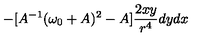
- [ A ^ { - 1 } ( \omega _ { 0 } + A ) ^ { 2 } - A ] \frac { 2 x y } { r ^ { 4 } } d y d x